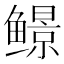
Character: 𬶱